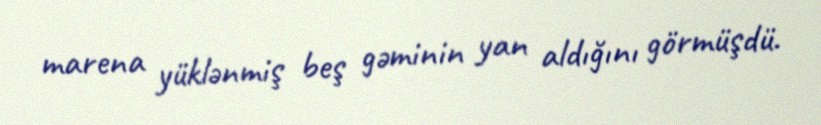
marena yüklənmiş beş gəminin yan aldığını görmüşdü.